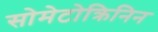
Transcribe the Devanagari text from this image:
सोमेटोक्रिनिन